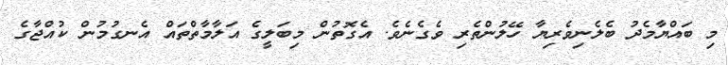
މި ބައްޔާމެދު ބެލެނިވެރިޔާ ހޭލުންތެރި ވެގެނެވެ. އެގޮތުން މިބަލީގެ އަލާމާތްތައް އެނގުމުން ކުއްޖާގެ